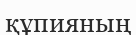
құпияның